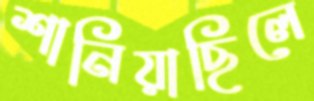
শানিয়াছিলে